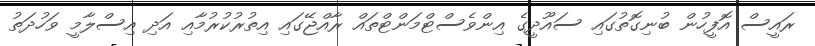
ރައީސް އޮފީހުން ބުނިގޮތުގައި ސައޫދީގެ އިންވެސްޓްމަންޓްތައް ރާއްޖޭގައި އިތުރުކުރުމާއި އަދި އިސްލާމީ ވަހުދަތު